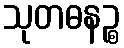
သုတဓနဉ္စ